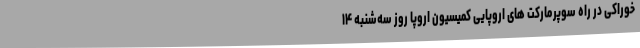
خوراکی در راه سوپرمارکت‌ های اروپایی کمیسیون اروپا روز سه‌شنبه ۱۴